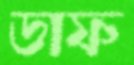
ডাফ